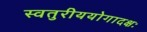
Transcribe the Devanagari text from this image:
स्वतुरीययोगादक्षः